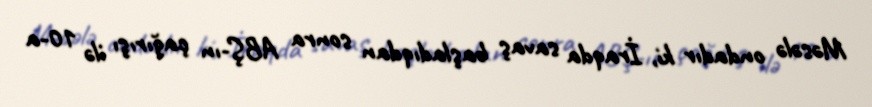
Məsələ ondadır ki, İraqda savaş başladıqdan sonra ABŞ-ın çağırışı ilə 10-a